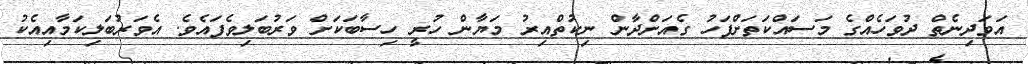
އަވަދިނެތް ދުވަހެއްގެ މަސައްކަތަށްފަހު ގެއަށްދާން ނިކުތްއިރު މަޔާން ހުރީ ހިސާބަކަށް ވަރުބަލިވެފައެވެ. އެވަރުބަލިކަމާއިއެކު